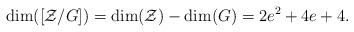
LaTeX: \begin{align*}\mathrm{dim}(\left[\mathcal Z/G\right])=\mathrm{dim}(\mathcal Z)-\mathrm{dim}(G)=2e^2+4e+4.\end{align*}